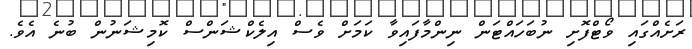
ރަށެއްގައި ވޯޓްފޮށި ނުބަހައްޓަން ނިންމާފައިވާ ކަމަށް ވެސް އިލެކްޝަންސް ކޮމިޝަނުން ބުނެ އެެވެ.